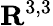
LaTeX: \mathbf{R}^{3,3}